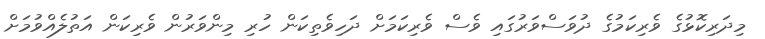
މިދަރިކޮޅުގެ ވެރިކަމުގެ ދުވަސްވަރުގައި ވެސް ވެރިކަމަށް ދަހިވެތިކަން ހުރި މިންވަރުން ވެރިކަން އަތުލެއްވުމަށް